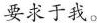
要求于我。